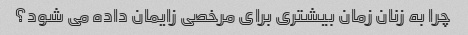
چرا به زنان زمان بیشتری برای مرخصی زایمان داده می شود؟